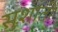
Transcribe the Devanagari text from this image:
सुशांती